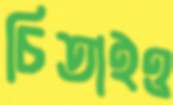
চিতাইও